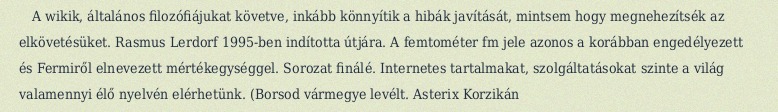
A wikik, általános filozófiájukat követve, inkább könnyítik a hibák javítását, mintsem hogy megnehezítsék az elkövetésüket. Rasmus Lerdorf 1995-ben indította útjára. A femtométer fm jele azonos a korábban engedélyezett és Fermiről elnevezett mértékegységgel. Sorozat finálé. Internetes tartalmakat, szolgáltatásokat szinte a világ valamennyi élő nyelvén elérhetünk. (Borsod vármegye levélt. Asterix Korzikán